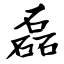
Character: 磊